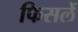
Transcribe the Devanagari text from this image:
फिसलें